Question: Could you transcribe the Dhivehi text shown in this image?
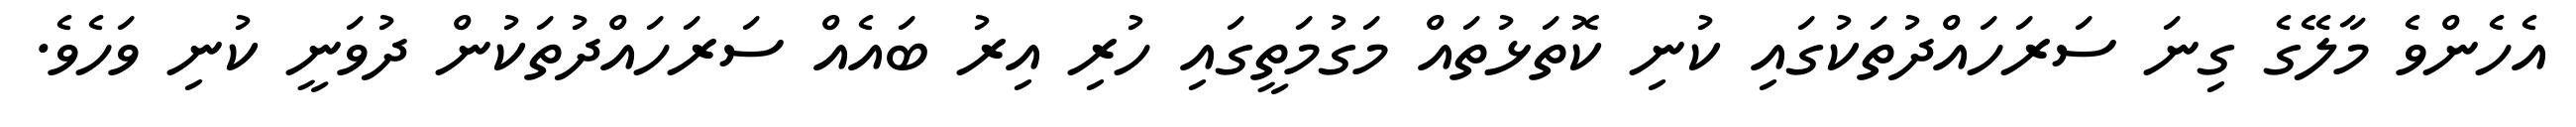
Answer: އެހެންވެ މާލޭގެ ގިނަ ސަރަހައްދުތަކުގައި ކުނި ކޮތަޅުތައް މަގުމަތީގައި ހުރި އިރު ބައެއް ސަރަހައްދުތަކުން ދުވަނީ ކުނި ވަހެވެ.